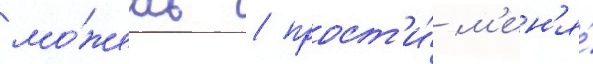
мо́жешь / прост'и́ м'ен'я́